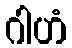
ဂါဟံ